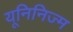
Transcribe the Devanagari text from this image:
यूनिनिज्म